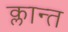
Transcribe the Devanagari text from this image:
क्लान्त